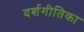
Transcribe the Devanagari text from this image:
दर्शगीतिका